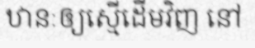
ឋានៈឲ្យស្មើដើមវិញ នៅ